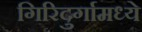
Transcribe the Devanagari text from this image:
गिरिदुर्गामध्ये